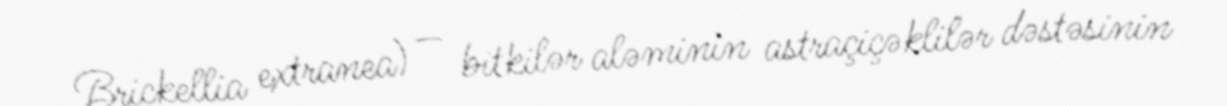
Brickellia extranea) — bitkilər aləminin astraçiçəklilər dəstəsinin